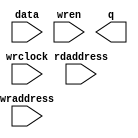
//Legal Notice: (C)2010 Altera Corporation. All rights reserved.  Your
//use of Altera Corporation's design tools, logic functions and other
//software and tools, and its AMPP partner logic functions, and any
//output files any of the foregoing (including device programming or
//simulation files), and any associated documentation or information are
//expressly subject to the terms and conditions of the Altera Program
//License Subscription Agreement or other applicable license agreement,
//including, without limitation, that your use is for the sole purpose
//of programming logic devices manufactured by Altera and sold by Altera
//or its authorized distributors.  Please refer to the applicable
//agreement for further details.

// synthesis translate_off
`timescale 1ns / 1ps
// synthesis translate_on

// turn off superfluous verilog processor warnings 
// altera message_level Level1 
// altera message_off 10034 10035 10036 10037 10230 10240 10030 

//Default depth for this memory model is 2048, do these when
//changing the depth.
//1)Set ARRAY_DEPTH generic/parameter from 2048 to new depth.
//2)Change mem_array depth from 2047 to (new depth - 1).
//3)VHDL only, don't forget the generic in component declaration
module ddr3_top_mem_model_ram_module (
                                       // inputs:
                                        data,
                                        rdaddress,
                                        wraddress,
                                        wrclock,
                                        wren,

                                       // outputs:
                                        q
                                     )
;

  parameter ARRAY_DEPTH = 2048;


  output  [ 31: 0] q;
  input   [ 31: 0] data;
  input   [ 24: 0] rdaddress;
  input   [ 24: 0] wraddress;
  input            wrclock;
  input            wren;

  wire    [ 31: 0] aq;
  reg     [ 57: 0] mem_array [2047: 0];
  wire    [ 31: 0] q;
  assign aq = mem_array[0][31:0];

//synthesis translate_off
//////////////// SIMULATION-ONLY CONTENTS

  reg     [  32 - 1: 0] out;

    integer i;
    reg found_valid_data;
    reg data_written;

    initial
    begin
        for (i = 0; i < ARRAY_DEPTH; i = i + 1)
            mem_array[i][0] <= 1'b0;
        data_written <= 1'b0;
    end

    always @(rdaddress)
    begin
        found_valid_data <= 1'b0;
        for (i = 0; i < ARRAY_DEPTH; i = i + 1)
        begin
            if (rdaddress == mem_array[i][58 - 1:58 - 25] && mem_array[i][0])
            begin
                out = mem_array[i][58 - 25 - 1:58 - 25 - 32];
                found_valid_data = 1'b1;
            end
        end
        if (!found_valid_data)
            out = 32'dX;
    end

    always @(posedge wrclock)
    if (wren)
    begin
        data_written <= 1'b0;
        for (i = 0; i < ARRAY_DEPTH; i = i + 1)
        begin
            if (wraddress == mem_array[i][58 - 1:58 - 25] && !data_written)
            begin
                mem_array[i][58 - 25 - 1:58 - 25 - 32] <= data;
                mem_array[i][0] <= 1'b1;
                data_written = 1'b1;
            end
            else if (!mem_array[i][0] && !data_written)
            begin
                mem_array[i] <= {wraddress,data,1'b1};
                data_written = 1'b1;
            end
        end
        if (!data_written)
        begin
            $write($time);
            $write(" --- Data could not be written, increase array depth or use full memory model --- ");
            $stop;
        end
    end

    assign q = out;

//////////////// END SIMULATION-ONLY CONTENTS

//synthesis translate_on

endmodule



// turn off superfluous verilog processor warnings 
// altera message_level Level1 
// altera message_off 10034 10035 10036 10037 10230 10240 10030 

module ddr3_top_mem_model (
                            // inputs:
                             mem_addr,
                             mem_ba,
                             mem_cas_n,
                             mem_cke,
                             mem_clk,
                             mem_clk_n,
                             mem_cs_n,
                             mem_dm,
                             mem_odt,
                             mem_ras_n,
                             mem_rst_n,
                             mem_we_n,

                            // outputs:
                             global_reset_n,
                             mem_dq,
                             mem_dqs,
                             mem_dqs_n
                          )
;

  output           global_reset_n;
  inout   [ 15: 0] mem_dq;
  inout   [  1: 0] mem_dqs;
  inout   [  1: 0] mem_dqs_n;
  input   [ 12: 0] mem_addr;
  input   [  2: 0] mem_ba;
  input            mem_cas_n;
  input            mem_cke;
  input            mem_clk;
  input            mem_clk_n;
  input            mem_cs_n;
  input   [  1: 0] mem_dm;
  input            mem_odt;
  input            mem_ras_n;
  input            mem_rst_n;
  input            mem_we_n;

  wire    [ 23: 0] CODE;
  wire    [ 12: 0] a;
  reg     [  3: 0] additive_latency;
  wire    [  8: 0] addr_col;
  wire    [  2: 0] ba;
  reg     [  2: 0] burstlength;
  reg              burstmode;
  wire             cas_n;
  wire             cke;
  wire             clk;
  wire    [  2: 0] cmd_code;
  wire             cs_n;
  wire    [  2: 0] current_row;
  wire    [  1: 0] dm;
  reg     [  3: 0] dm_captured;
  reg     [ 31: 0] dq_captured;
  wire    [ 15: 0] dq_temp;
  wire             dq_valid;
  wire    [  1: 0] dqs_n_temp;
  wire    [  1: 0] dqs_temp;
  wire             dqs_valid;
  reg              dqs_valid_temp;
  reg     [ 15: 0] first_half_dq;
  wire             global_reset_n;
  wire    [ 31: 0] mem_bytes;
  wire    [ 15: 0] mem_dq;
  wire    [  1: 0] mem_dqs;
  wire    [  1: 0] mem_dqs_n;
  reg     [ 12: 0] open_rows [  7: 0];
  wire             ras_n;
  reg     [ 24: 0] rd_addr_pipe_0;
  reg     [ 24: 0] rd_addr_pipe_1;
  reg     [ 24: 0] rd_addr_pipe_10;
  reg     [ 24: 0] rd_addr_pipe_11;
  reg     [ 24: 0] rd_addr_pipe_12;
  reg     [ 24: 0] rd_addr_pipe_13;
  reg     [ 24: 0] rd_addr_pipe_14;
  reg     [ 24: 0] rd_addr_pipe_15;
  reg     [ 24: 0] rd_addr_pipe_16;
  reg     [ 24: 0] rd_addr_pipe_17;
  reg     [ 24: 0] rd_addr_pipe_18;
  reg     [ 24: 0] rd_addr_pipe_19;
  reg     [ 24: 0] rd_addr_pipe_2;
  reg     [ 24: 0] rd_addr_pipe_20;
  reg     [ 24: 0] rd_addr_pipe_21;
  reg     [ 24: 0] rd_addr_pipe_3;
  reg     [ 24: 0] rd_addr_pipe_4;
  reg     [ 24: 0] rd_addr_pipe_5;
  reg     [ 24: 0] rd_addr_pipe_6;
  reg     [ 24: 0] rd_addr_pipe_7;
  reg     [ 24: 0] rd_addr_pipe_8;
  reg     [ 24: 0] rd_addr_pipe_9;
  reg     [ 24: 0] rd_burst_counter;
  reg     [ 25: 0] rd_valid_pipe;
  wire    [ 24: 0] read_addr_delayed;
  reg              read_cmd;
  reg              read_cmd_echo;
  wire    [ 31: 0] read_data;
  wire    [ 15: 0] read_dq;
  reg     [  4: 0] read_latency;
  wire             read_valid;
  reg              read_valid_r;
  reg              read_valid_r2;
  reg              read_valid_r3;
  reg              read_valid_r4;
  reg              reset_n;
  wire    [ 24: 0] rmw_address;
  reg     [ 31: 0] rmw_temp;
  reg     [ 15: 0] second_half_dq;
  reg     [  3: 0] tcl;
  wire    [ 23: 0] txt_code;
  wire             we_n;
  wire    [ 24: 0] wr_addr_delayed;
  reg     [ 24: 0] wr_addr_delayed_r;
  reg     [ 24: 0] wr_addr_pipe_0;
  reg     [ 24: 0] wr_addr_pipe_1;
  reg     [ 24: 0] wr_addr_pipe_10;
  reg     [ 24: 0] wr_addr_pipe_11;
  reg     [ 24: 0] wr_addr_pipe_12;
  reg     [ 24: 0] wr_addr_pipe_13;
  reg     [ 24: 0] wr_addr_pipe_14;
  reg     [ 24: 0] wr_addr_pipe_15;
  reg     [ 24: 0] wr_addr_pipe_16;
  reg     [ 24: 0] wr_addr_pipe_17;
  reg     [ 24: 0] wr_addr_pipe_18;
  reg     [ 24: 0] wr_addr_pipe_2;
  reg     [ 24: 0] wr_addr_pipe_3;
  reg     [ 24: 0] wr_addr_pipe_4;
  reg     [ 24: 0] wr_addr_pipe_5;
  reg     [ 24: 0] wr_addr_pipe_6;
  reg     [ 24: 0] wr_addr_pipe_7;
  reg     [ 24: 0] wr_addr_pipe_8;
  reg     [ 24: 0] wr_addr_pipe_9;
  reg     [ 24: 0] wr_burst_counter;
  reg     [ 25: 0] wr_valid_pipe;
  wire             write_burst_length;
  reg     [ 25: 0] write_burst_length_pipe;
  reg              write_cmd;
  reg              write_cmd_echo;
  reg     [  4: 0] write_latency;
  wire             write_to_ram;
  reg              write_to_ram_r;
  wire             write_valid;
  reg              write_valid_r;
  reg              write_valid_r2;
  reg              write_valid_r3;
  reg     [  3: 0] wtcl;
initial
  begin
    $write("\n");
    $write("**********************************************************************\n");
    $write("This testbench includes a generated Altera memory model:\n");
    $write("'ddr3_top_mem_model.v', to simulate accesses to the DDR3 SDRAM memory.\n");
    $write(" \n");
    $write("**********************************************************************\n");
  end
  //Synchronous write when (CODE == 24'h205752 (write))
  ddr3_top_mem_model_ram_module ddr3_top_mem_model_ram
    (
      .data      (rmw_temp),
      .q         (read_data),
      .rdaddress (rmw_address),
      .wraddress (wr_addr_delayed_r),
      .wrclock   (clk),
      .wren      (write_to_ram_r)
    );

  assign clk = mem_clk;
  assign dm = mem_dm;
  assign cke = mem_cke;
  assign cs_n = mem_cs_n;
  assign ras_n = mem_ras_n;
  assign cas_n = mem_cas_n;
  assign we_n = mem_we_n;
  assign ba = mem_ba;
  assign a = mem_addr;
  //generate a fake reset inside the memory model
  assign global_reset_n = reset_n;

  initial 
    begin
      reset_n <= 0;
      #100 reset_n <= 1;
    end
  assign cmd_code = (&cs_n) ? 3'b111 : {ras_n, cas_n, we_n};
  assign CODE = (&cs_n) ? 24'h494e48 : txt_code;
  assign addr_col = a[9 : 1];
  assign current_row = {ba};
  // Decode commands into their actions
  always @(posedge clk or negedge reset_n)
    begin
      if (reset_n == 0)
        begin
          write_cmd_echo <= 0;
          read_cmd_echo <= 0;
        end
      else // No Activity if the clock is
      if (cke)
        begin
          // Checks whether to echo read cmd
          if (read_cmd_echo && !read_cmd)
            begin
              read_cmd <= 1'b1;
              read_cmd_echo <= 1'b0;
            end
          else // This is a read command
          if (cmd_code == 3'b101)
            begin
              read_cmd <= 1'b1;
              read_cmd_echo <= 1'b1;
            end
          else 
            read_cmd <= 1'b0;
          // Checks whether to echo write cmd
          if (write_cmd_echo && !write_cmd)
            begin
              write_cmd <= 1'b1;
              write_cmd_echo <= 1'b0;
            end
          else // This is a write command
          if (cmd_code == 3'b100)
            begin
              write_cmd <= 1'b1;
              write_cmd_echo <= 1'b1;
              write_burst_length_pipe[0] <= a[12];
            end
          else 
            write_cmd <= 1'b0;
          // This is an activate - store the chip/row/bank address in the same order as the DDR controller
          if (cmd_code == 3'b011)
              open_rows[current_row] <= a;
        end
    end


  // Pipes are flushed here
  always @(posedge clk or negedge reset_n)
    begin
      if (reset_n == 0)
        begin
          wr_addr_pipe_1 <= 0;
          wr_addr_pipe_2 <= 0;
          wr_addr_pipe_3 <= 0;
          wr_addr_pipe_4 <= 0;
          wr_addr_pipe_5 <= 0;
          wr_addr_pipe_6 <= 0;
          wr_addr_pipe_7 <= 0;
          wr_addr_pipe_8 <= 0;
          wr_addr_pipe_9 <= 0;
          wr_addr_pipe_10 <= 0;
          wr_addr_pipe_11 <= 0;
          wr_addr_pipe_12 <= 0;
          wr_addr_pipe_13 <= 0;
          wr_addr_pipe_14 <= 0;
          wr_addr_pipe_15 <= 0;
          wr_addr_pipe_16 <= 0;
          wr_addr_pipe_17 <= 0;
          wr_addr_pipe_18 <= 0;
          rd_addr_pipe_1 <= 0;
          rd_addr_pipe_2 <= 0;
          rd_addr_pipe_3 <= 0;
          rd_addr_pipe_4 <= 0;
          rd_addr_pipe_5 <= 0;
          rd_addr_pipe_6 <= 0;
          rd_addr_pipe_7 <= 0;
          rd_addr_pipe_8 <= 0;
          rd_addr_pipe_9 <= 0;
          rd_addr_pipe_10 <= 0;
          rd_addr_pipe_11 <= 0;
          rd_addr_pipe_12 <= 0;
          rd_addr_pipe_13 <= 0;
          rd_addr_pipe_14 <= 0;
          rd_addr_pipe_15 <= 0;
          rd_addr_pipe_16 <= 0;
          rd_addr_pipe_17 <= 0;
          rd_addr_pipe_18 <= 0;
          rd_addr_pipe_19 <= 0;
          rd_addr_pipe_20 <= 0;
          rd_addr_pipe_21 <= 0;
        end
      else // No Activity if the clock is
      if (cke)
        begin
          rd_addr_pipe_21 <= rd_addr_pipe_20;
          rd_addr_pipe_20 <= rd_addr_pipe_19;
          rd_addr_pipe_19 <= rd_addr_pipe_18;
          rd_addr_pipe_18 <= rd_addr_pipe_17;
          rd_addr_pipe_17 <= rd_addr_pipe_16;
          rd_addr_pipe_16 <= rd_addr_pipe_15;
          rd_addr_pipe_15 <= rd_addr_pipe_14;
          rd_addr_pipe_14 <= rd_addr_pipe_13;
          rd_addr_pipe_13 <= rd_addr_pipe_12;
          rd_addr_pipe_12 <= rd_addr_pipe_11;
          rd_addr_pipe_11 <= rd_addr_pipe_10;
          rd_addr_pipe_10 <= rd_addr_pipe_9;
          rd_addr_pipe_9 <= rd_addr_pipe_8;
          rd_addr_pipe_8 <= rd_addr_pipe_7;
          rd_addr_pipe_7 <= rd_addr_pipe_6;
          rd_addr_pipe_6 <= rd_addr_pipe_5;
          rd_addr_pipe_5 <= rd_addr_pipe_4;
          rd_addr_pipe_4 <= rd_addr_pipe_3;
          rd_addr_pipe_3 <= rd_addr_pipe_2;
          rd_addr_pipe_2 <= rd_addr_pipe_1;
          rd_addr_pipe_1 <= rd_addr_pipe_0;
          rd_valid_pipe[25 : 1] <= rd_valid_pipe[24 : 0];
          rd_valid_pipe[0] <= cmd_code == 3'b101;
          wr_addr_pipe_18 <= wr_addr_pipe_17;
          wr_addr_pipe_17 <= wr_addr_pipe_16;
          wr_addr_pipe_16 <= wr_addr_pipe_15;
          wr_addr_pipe_15 <= wr_addr_pipe_14;
          wr_addr_pipe_14 <= wr_addr_pipe_13;
          wr_addr_pipe_13 <= wr_addr_pipe_12;
          wr_addr_pipe_12 <= wr_addr_pipe_11;
          wr_addr_pipe_11 <= wr_addr_pipe_10;
          wr_addr_pipe_10 <= wr_addr_pipe_9;
          wr_addr_pipe_9 <= wr_addr_pipe_8;
          wr_addr_pipe_8 <= wr_addr_pipe_7;
          wr_addr_pipe_7 <= wr_addr_pipe_6;
          wr_addr_pipe_6 <= wr_addr_pipe_5;
          wr_addr_pipe_5 <= wr_addr_pipe_4;
          wr_addr_pipe_4 <= wr_addr_pipe_3;
          wr_addr_pipe_3 <= wr_addr_pipe_2;
          wr_addr_pipe_2 <= wr_addr_pipe_1;
          wr_addr_pipe_1 <= wr_addr_pipe_0;
          wr_valid_pipe[25 : 1] <= wr_valid_pipe[24 : 0];
          wr_valid_pipe[0] <= cmd_code == 3'b100;
          wr_addr_delayed_r <= wr_addr_delayed;
          write_burst_length_pipe[25 : 1] <= write_burst_length_pipe[24 : 0];
        end
    end


  // Decode CAS Latency from bits a[6:4]
  always @(posedge clk)
    begin
      // No Activity if the clock is disabled
      if (cke)
          //Load mode register - set CAS latency, burst mode and length
          if (cmd_code == 3'b000 && ba == 2'b00)
            begin
              burstmode <= a[3];
              burstlength <= a[2 : 0] << 1;
              //CAS Latency = 5
              if (a[6 : 4] == 3'b001)
                  tcl <= 4'b0100;
              else //CAS Latency = 6
              if (a[6 : 4] == 3'b010)
                  tcl <= 4'b0101;
              else //CAS Latency = 7
              if (a[6 : 4] == 3'b011)
                  tcl <= 4'b0110;
              else //CAS Latency = 8
              if (a[6 : 4] == 3'b100)
                  tcl <= 4'b0111;
              else //CAS Latency = 9
              if (a[6 : 4] == 3'b101)
                  tcl <= 4'b1000;
              else 
                tcl <= 4'b1001;
            end
          else //Get additive latency
          if (cmd_code == 3'b000 && ba == 2'b01)
              additive_latency <= {2'b00,a[4 : 3]};
          else //Get write latency
          if (cmd_code == 3'b000 && ba == 2'b10)
              //CWL = 5
              if (a[5 : 3] == 3'b000)
                  wtcl <= 4'b0101;
              else //CWL = 6
              if (a[5 : 3] == 3'b001)
                  wtcl <= 4'b0110;
              else //CWL = 7
              if (a[5 : 3] == 3'b010)
                  wtcl <= 4'b0111;
              else //CWL = 8
              if (a[5 : 3] == 3'b011)
                  wtcl <= 4'b1000;
    end


  //Calculate actual write and read latency
  always @(additive_latency or tcl or wtcl)
    begin
      //no additive latency
      if (additive_latency == 4'd0)
        begin
          read_latency = tcl;
          write_latency = wtcl;
        end
      else //CL - 1
      if (additive_latency == 4'd1)
        begin
          read_latency = tcl + (tcl + 1) - 1;
          write_latency = wtcl + (tcl + 1) - 1;
        end
      else 
        begin
          read_latency = tcl + (tcl + 1) - 2;
          write_latency = wtcl + (tcl + 1) - 2;
        end
    end


  // Burst support - make the wr_addr & rd_addr keep counting
  always @(posedge clk or negedge reset_n)
    begin
      if (reset_n == 0)
        begin
          wr_addr_pipe_0 <= 0;
          rd_addr_pipe_0 <= 0;
        end
      else 
        begin
          // Reset write address otherwise if the first write is partial it breaks!
          if (cmd_code == 3'b000 && ba == 2'b00)
            begin
              wr_addr_pipe_0 <= 0;
              wr_burst_counter <= 0;
            end
          else if (cmd_code == 3'b100)
            begin
              wr_addr_pipe_0 <= {ba,open_rows[current_row],addr_col};
              wr_burst_counter[24 : 2] <= {ba,open_rows[current_row],addr_col[8 : 2]};
              wr_burst_counter[1 : 0] <= addr_col[1 : 0] + 1;
            end
          else if (write_cmd || write_to_ram || write_cmd_echo)
            begin
              wr_addr_pipe_0 <= wr_burst_counter;
              wr_burst_counter[1 : 0] <= wr_burst_counter[1 : 0] + 1;
            end
          else 
            wr_addr_pipe_0 <= 0;
          // Reset read address otherwise if the first write is partial it breaks!
          if (cmd_code == 3'b000 && ba == 2'b00)
              rd_addr_pipe_0 <= 0;
          else if (cmd_code == 3'b101)
            begin
              rd_addr_pipe_0 <= {ba,open_rows[current_row],addr_col};
              rd_burst_counter[24 : 2] <= {ba,open_rows[current_row],addr_col[8 : 2]};
              rd_burst_counter[1 : 0] <= addr_col[1 : 0] + 1;
            end
          else if (read_cmd || dq_valid || read_valid || read_cmd_echo)
            begin
              rd_addr_pipe_0 <= rd_burst_counter;
              rd_burst_counter[1 : 0] <= rd_burst_counter[1 : 0] + 1;
            end
          else 
            rd_addr_pipe_0 <= 0;
        end
    end


  // read data transition from single to double clock rate
  always @(posedge clk)
    begin
      first_half_dq <= read_data[31 : 16];
      second_half_dq <= read_data[15 : 0];
    end


  assign read_dq = clk  ? second_half_dq : first_half_dq;
  assign dq_temp = dq_valid  ? read_dq : {16{1'bz}};
  assign dqs_temp = dqs_valid ? {2{clk}} : {2{1'bz}};
  assign dqs_n_temp = dqs_valid ? {2{~clk}} : {2{1'bz}};
  assign mem_dqs = dqs_temp;
  assign mem_dq = dq_temp;
  assign mem_dqs_n = dqs_n_temp;
  //Pipelining registers for burst counting
  always @(posedge clk)
    begin
      write_valid_r <= write_valid;
      read_valid_r <= read_valid;
      write_valid_r2 <= write_valid_r;
      write_valid_r3 <= write_valid_r2;
      write_to_ram_r <= write_to_ram;
      read_valid_r2 <= read_valid_r;
      read_valid_r3 <= read_valid_r2;
      read_valid_r4 <= read_valid_r3;
    end


  assign write_to_ram = write_burst_length ? write_valid || write_valid_r || write_valid_r2 || write_valid_r3 : write_valid || write_valid_r;
  assign dq_valid = read_valid_r || read_valid_r2 || read_valid_r3 || read_valid_r4;
  assign dqs_valid = dq_valid || dqs_valid_temp;
  // 
  always @(negedge clk)
    begin
      dqs_valid_temp <= read_valid;
    end


  //capture first half of write data with rising edge of DQS, for simulation use only 1 DQS pin
  always @(posedge mem_dqs[0])
    begin
      #0.1 dq_captured[15 : 0] <= mem_dq[15 : 0];
      #0.1 dm_captured[1 : 0] <= mem_dm[1 : 0];
    end


  //capture second half of write data with falling edge of DQS, for simulation use only 1 DQS pin
  always @(negedge mem_dqs[0])
    begin
      #0.1 dq_captured[31 : 16] <= mem_dq[15 : 0];
      #0.1 dm_captured[3 : 2] <= mem_dm[1 : 0];
    end


  //Support for incomplete writes, do a read-modify-write with mem_bytes and the write data
  always @(posedge clk)
    begin
      if (write_to_ram)
          rmw_temp[7 : 0] <= dm_captured[0] ? mem_bytes[7 : 0] : dq_captured[7 : 0];
    end


  always @(posedge clk)
    begin
      if (write_to_ram)
          rmw_temp[15 : 8] <= dm_captured[1] ? mem_bytes[15 : 8] : dq_captured[15 : 8];
    end


  always @(posedge clk)
    begin
      if (write_to_ram)
          rmw_temp[23 : 16] <= dm_captured[2] ? mem_bytes[23 : 16] : dq_captured[23 : 16];
    end


  always @(posedge clk)
    begin
      if (write_to_ram)
          rmw_temp[31 : 24] <= dm_captured[3] ? mem_bytes[31 : 24] : dq_captured[31 : 24];
    end


  //DDR2 has variable write latency too, so use write_latency to select which pipeline stage drives valid
  assign write_valid = (write_latency == 0)? wr_valid_pipe[0] :
    (write_latency == 1)? wr_valid_pipe[1] :
    (write_latency == 2)? wr_valid_pipe[2] :
    (write_latency == 3)? wr_valid_pipe[3] :
    (write_latency == 4)? wr_valid_pipe[4] :
    (write_latency == 5)? wr_valid_pipe[5] :
    (write_latency == 6)? wr_valid_pipe[6] :
    (write_latency == 7)? wr_valid_pipe[7] :
    (write_latency == 8)? wr_valid_pipe[8] :
    (write_latency == 9)? wr_valid_pipe[9] :
    (write_latency == 10)? wr_valid_pipe[10] :
    (write_latency == 11)? wr_valid_pipe[11] :
    (write_latency == 12)? wr_valid_pipe[12] :
    (write_latency == 13)? wr_valid_pipe[13] :
    (write_latency == 14)? wr_valid_pipe[14] :
    (write_latency == 15)? wr_valid_pipe[15] :
    (write_latency == 16)? wr_valid_pipe[16] :
    (write_latency == 17)? wr_valid_pipe[17] :
    wr_valid_pipe[18];

  //DDR2 has variable write latency too, so use write_latency to select which pipeline stage drives addr
  assign wr_addr_delayed = (write_latency == 0)? wr_addr_pipe_0 :
    (write_latency == 1)? wr_addr_pipe_1 :
    (write_latency == 2)? wr_addr_pipe_2 :
    (write_latency == 3)? wr_addr_pipe_3 :
    (write_latency == 4)? wr_addr_pipe_4 :
    (write_latency == 5)? wr_addr_pipe_5 :
    (write_latency == 6)? wr_addr_pipe_6 :
    (write_latency == 7)? wr_addr_pipe_7 :
    (write_latency == 8)? wr_addr_pipe_8 :
    (write_latency == 9)? wr_addr_pipe_9 :
    (write_latency == 10)? wr_addr_pipe_10 :
    (write_latency == 11)? wr_addr_pipe_11 :
    (write_latency == 12)? wr_addr_pipe_12 :
    (write_latency == 13)? wr_addr_pipe_13 :
    (write_latency == 14)? wr_addr_pipe_14 :
    (write_latency == 15)? wr_addr_pipe_15 :
    (write_latency == 16)? wr_addr_pipe_16 :
    (write_latency == 17)? wr_addr_pipe_17 :
    wr_addr_pipe_18;

  //DDR3 has on the fly mode
  assign write_burst_length = (write_latency == 0)? write_burst_length_pipe[0] :
    (write_latency == 1)? write_burst_length_pipe[1] :
    (write_latency == 2)? write_burst_length_pipe[2] :
    (write_latency == 3)? write_burst_length_pipe[3] :
    (write_latency == 4)? write_burst_length_pipe[4] :
    (write_latency == 5)? write_burst_length_pipe[5] :
    (write_latency == 6)? write_burst_length_pipe[6] :
    (write_latency == 7)? write_burst_length_pipe[7] :
    (write_latency == 8)? write_burst_length_pipe[8] :
    (write_latency == 9)? write_burst_length_pipe[9] :
    (write_latency == 10)? write_burst_length_pipe[10] :
    (write_latency == 11)? write_burst_length_pipe[11] :
    (write_latency == 12)? write_burst_length_pipe[12] :
    (write_latency == 13)? write_burst_length_pipe[13] :
    (write_latency == 14)? write_burst_length_pipe[14] :
    (write_latency == 15)? write_burst_length_pipe[15] :
    (write_latency == 16)? write_burst_length_pipe[16] :
    (write_latency == 17)? write_burst_length_pipe[17] :
    write_burst_length_pipe[18];

  assign mem_bytes = (rmw_address == wr_addr_delayed_r && write_to_ram_r) ? rmw_temp : read_data;
  assign rmw_address = (write_to_ram) ? wr_addr_delayed : read_addr_delayed;
  //use read_latency to select which pipeline stage drives addr
  assign read_addr_delayed = (read_latency == 0)? rd_addr_pipe_0 :
    (read_latency == 1)? rd_addr_pipe_1 :
    (read_latency == 2)? rd_addr_pipe_2 :
    (read_latency == 3)? rd_addr_pipe_3 :
    (read_latency == 4)? rd_addr_pipe_4 :
    (read_latency == 5)? rd_addr_pipe_5 :
    (read_latency == 6)? rd_addr_pipe_6 :
    (read_latency == 7)? rd_addr_pipe_7 :
    (read_latency == 8)? rd_addr_pipe_8 :
    (read_latency == 9)? rd_addr_pipe_9 :
    (read_latency == 10)? rd_addr_pipe_10 :
    (read_latency == 11)? rd_addr_pipe_11 :
    (read_latency == 12)? rd_addr_pipe_12 :
    (read_latency == 13)? rd_addr_pipe_13 :
    (read_latency == 14)? rd_addr_pipe_14 :
    (read_latency == 15)? rd_addr_pipe_15 :
    (read_latency == 16)? rd_addr_pipe_16 :
    (read_latency == 17)? rd_addr_pipe_17 :
    (read_latency == 18)? rd_addr_pipe_18 :
    (read_latency == 19)? rd_addr_pipe_19 :
    (read_latency == 20)? rd_addr_pipe_20 :
    rd_addr_pipe_21;

  //use read_latency to select which pipeline stage drives valid
  assign read_valid = (read_latency == 0)? rd_valid_pipe[0] :
    (read_latency == 1)? rd_valid_pipe[1] :
    (read_latency == 2)? rd_valid_pipe[2] :
    (read_latency == 3)? rd_valid_pipe[3] :
    (read_latency == 4)? rd_valid_pipe[4] :
    (read_latency == 5)? rd_valid_pipe[5] :
    (read_latency == 6)? rd_valid_pipe[6] :
    (read_latency == 7)? rd_valid_pipe[7] :
    (read_latency == 8)? rd_valid_pipe[8] :
    (read_latency == 9)? rd_valid_pipe[9] :
    (read_latency == 10)? rd_valid_pipe[10] :
    (read_latency == 11)? rd_valid_pipe[11] :
    (read_latency == 12)? rd_valid_pipe[12] :
    (read_latency == 13)? rd_valid_pipe[13] :
    (read_latency == 14)? rd_valid_pipe[14] :
    (read_latency == 15)? rd_valid_pipe[15] :
    (read_latency == 16)? rd_valid_pipe[16] :
    (read_latency == 17)? rd_valid_pipe[17] :
    (read_latency == 18)? rd_valid_pipe[18] :
    (read_latency == 19)? rd_valid_pipe[19] :
    (read_latency == 20)? rd_valid_pipe[20] :
    rd_valid_pipe[21];


//synthesis translate_off
//////////////// SIMULATION-ONLY CONTENTS
  assign txt_code = (cmd_code == 3'h0)? 24'h4c4d52 :
    (cmd_code == 3'h1)? 24'h415246 :
    (cmd_code == 3'h2)? 24'h505245 :
    (cmd_code == 3'h3)? 24'h414354 :
    (cmd_code == 3'h4)? 24'h205752 :
    (cmd_code == 3'h5)? 24'h205244 :
    (cmd_code == 3'h6)? 24'h425354 :
    (cmd_code == 3'h7)? 24'h4e4f50 :
    24'h424144;


//////////////// END SIMULATION-ONLY CONTENTS

//synthesis translate_on

endmodule